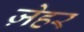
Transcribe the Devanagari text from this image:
ज़ेहर